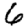
Digit: 6